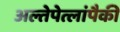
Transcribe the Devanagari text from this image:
अल्तेपेत्लांपैकी